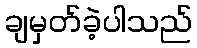
ချမှတ်ခဲ့ပါသည်